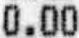
0.00